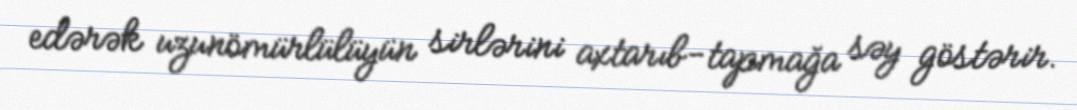
edərək uzunömürlülüyün sirlərini axtarıb-tapmağa səy göstərir.